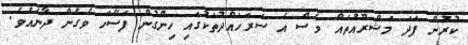
ކުރުން ފަދަ މަޝްރޫއުތައް ވެސް އެ ސަރަހައްދުތަކުގައި ހިންގުން ފަސޭހަ ވެގެން ދާނެއެވެ.